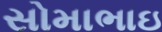
સોમાભાઇ